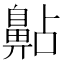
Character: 𪖚